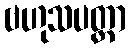
ဗဟုသပတ္တာ